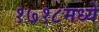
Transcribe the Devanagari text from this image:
१७१८मध्ये